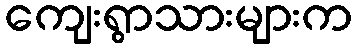
ကျေးရွာသားများက